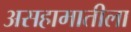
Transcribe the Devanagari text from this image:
असहामातीला